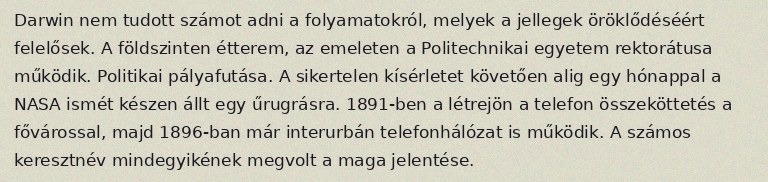
Darwin nem tudott számot adni a folyamatokról, melyek a jellegek öröklődéséért felelősek. A földszinten étterem, az emeleten a Politechnikai egyetem rektorátusa működik. Politikai pályafutása. A sikertelen kísérletet követően alig egy hónappal a NASA ismét készen állt egy űrugrásra. 1891-ben a létrejön a telefon összeköttetés a fővárossal, majd 1896-ban már interurbán telefonhálózat is működik. A számos keresztnév mindegyikének megvolt a maga jelentése.